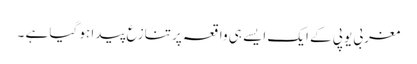
مغربی یوپی کے ایک ایسے ہی واقعہ پر تنازع پیدا ہو گیا ہے ۔